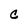
Character: c